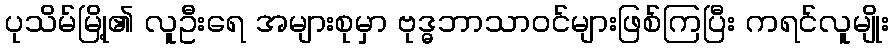
ပုသိမ်မြို့၏ လူဦးရေ အများစုမှာ ဗုဒ္ဓဘာသာဝင်များဖြစ်ကြပြီး ကရင်လူမျိုး